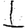
Digit: 1